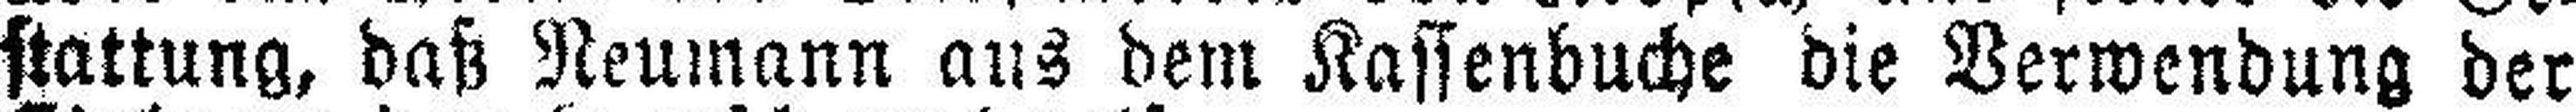
stattung, daß Neumann aus dem Kassenbuche die Verwendung der